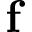
\mathbf { f }